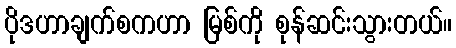
ပိုဒဟာချက်စကဟာ မြစ်ကို စုန်ဆင်းသွားတယ်။